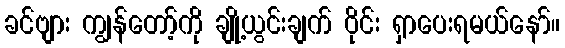
ခင်ဗျား ကျွန်တော့်ကို ချို့ယွင်းချက် ဝိုင်း ရှာပေးရမယ်နော်။